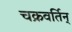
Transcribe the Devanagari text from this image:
चक्रवर्तिन्